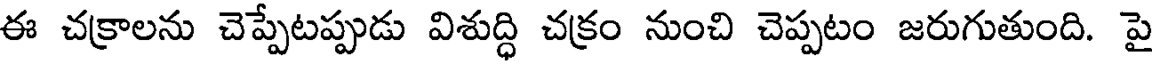
ఈ చక్రాలను చెప్పేటప్పుడు విశుద్ధి చక్రం నుంచి చెప్పటం జరుగుతుంది. పై